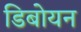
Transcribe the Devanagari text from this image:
डिबोयन